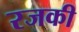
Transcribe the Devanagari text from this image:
रजकी